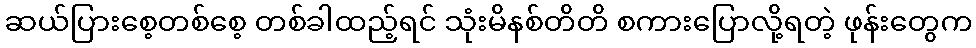
ဆယ်ပြားစေ့တစ်စေ့ တစ်ခါထည့်ရင် သုံးမိနစ်တိတိ စကားပြောလို့ရတဲ့ ဖုန်းတွေက